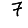
Digit: 7